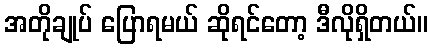
အတိုချုပ် ပြောရမယ် ဆိုရင်တော့ ဒီလိုရှိတယ်။